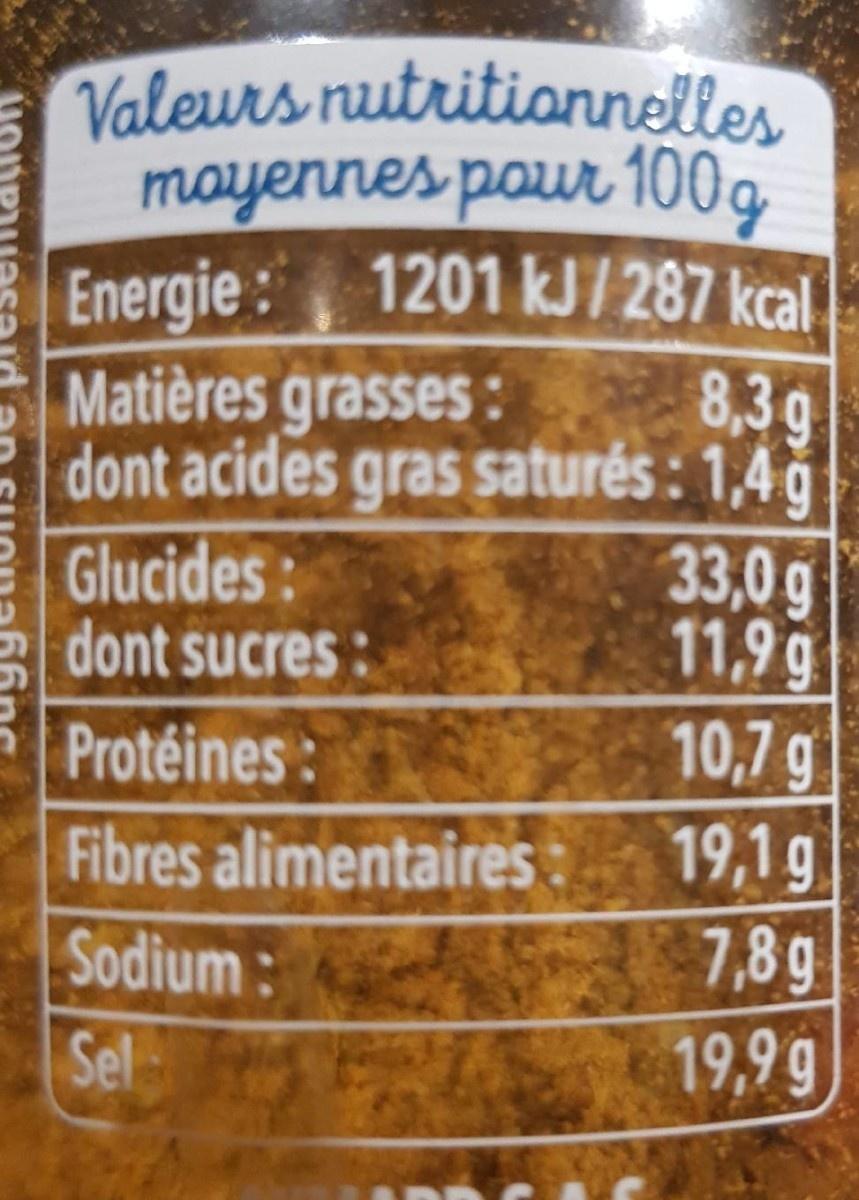
Valeurs nutritionnelles mayennes pour 100g
Energie: 1201 kJ/ 287 kcal. 8,3g dont acides gras saturés : 1,4 g 33,0g 11,9g
Matières grasses:
Glucides: dont sucres:
Protéines:
10,7 g
19,1g 7,89 19,9g
Fibres alimentaires:
Sodium:
Sel